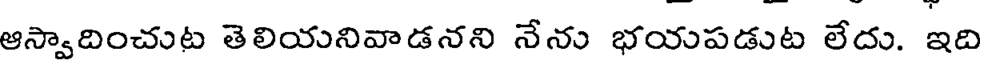
ఆన్వాదించుట తెలియనివాడనని నేను భయపడుట లేదు. ఇది